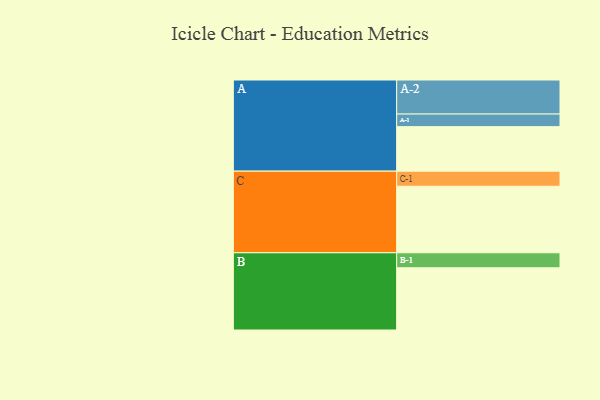
{"axis": {"x": "Segment", "y": "Value"}, "legend": ["", "A", "B", "C"], "data": [{"x": "A", "y": 374, "type": ""}, {"x": "B", "y": 523, "type": ""}, {"x": "C", "y": 559, "type": ""}, {"x": "A-1", "y": 106, "type": "A"}, {"x": "A-2", "y": 286, "type": "A"}, {"x": "B-1", "y": 126, "type": "B"}, {"x": "C-1", "y": 127, "type": "C"}]}